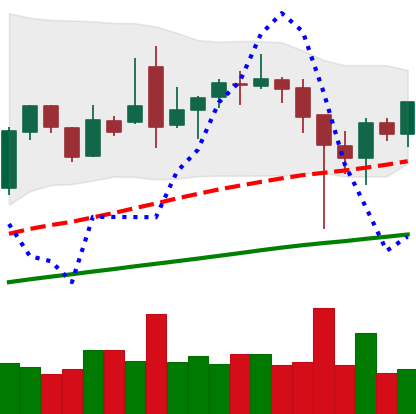
Ticker: BNB-USD
Chart end date: 2021-12-08
Forward return: -14.25%
Label: down_7plus